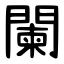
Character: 闌